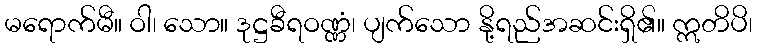
မရောက်မီ။ ဝါ၊ သော။ ဒုဋ္ဌခီရဝဏ္ဏံ၊ ပျက်သော နို့ရည်အဆင်းရှိ၏။ ဣတိပိ၊